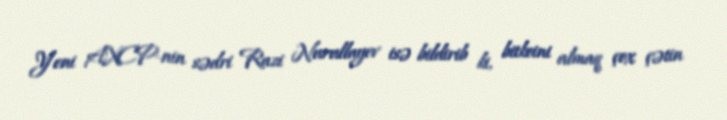
Yeni AXCP-nin sədri Razi Nurullayev isə bildirib ki, bitkoini almaq çox çətin